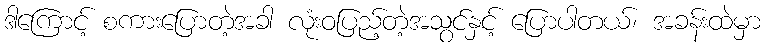
ဒါကြောင့် စကားပြောတဲ့အခါ လုံးဝပြည့်တဲ့အသွင်နှင့် ပြောပါတယ်၊ အခန်းထဲမှာ